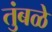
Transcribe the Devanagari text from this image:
तुंबळे